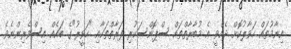
އިނާމުތައް ހަވާލުކޮށް ދެއްވީ އެ މުބާރާތްތައް ސްޕޮންސަކުރި ފަރާތްތަކާއި "ހަވީރު"ގެ ބަައެއް އިސްވެރިންނެވެ.